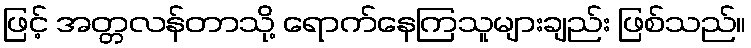
ဖြင့် အတ္တလန်တာသို့ ရောက်နေကြသူများချည်း ဖြစ်သည်။